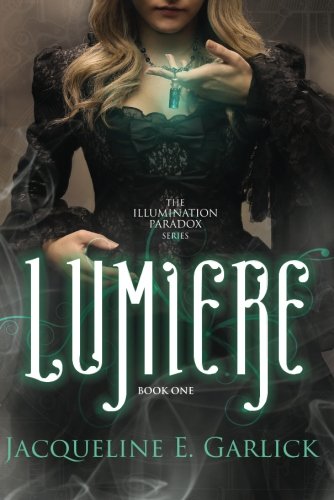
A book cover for LumiÃ¨re (The Illumination Paradox); Jacqueline E. Garlick; Science Fiction & Fantasy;